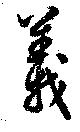
義